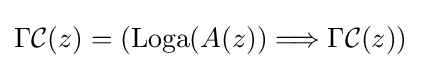
\Gamma {\mathcal {C}}(z)=\left(\operatorname {Loga} (A(z))\Longrightarrow \Gamma {\mathcal {C}}(z)\right)